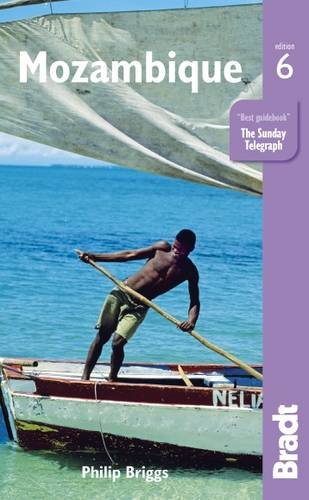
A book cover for Mozambique (Bradt Travel Guide); Philip Briggs; Travel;